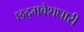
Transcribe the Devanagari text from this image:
छद्‍मवेशधारी